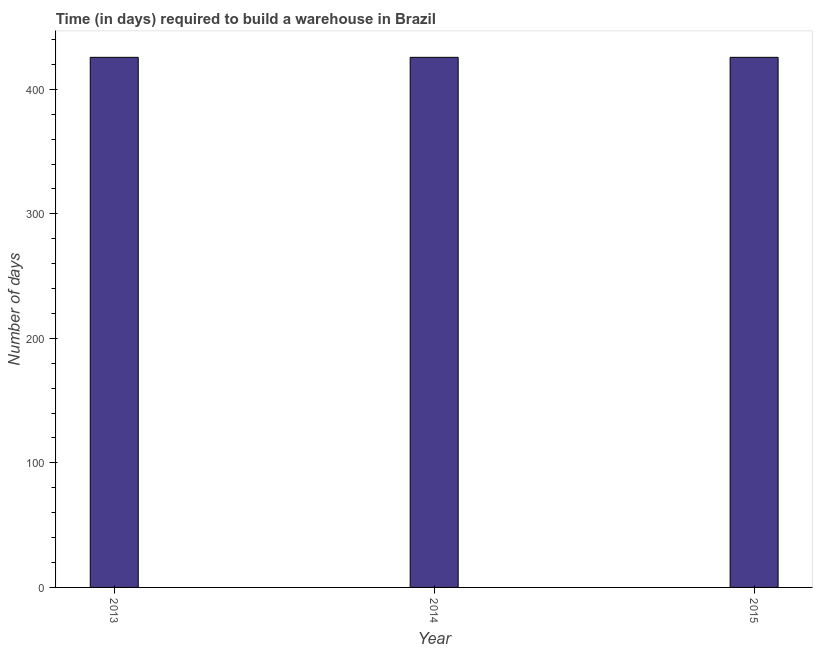
| Year | Time required to build a warehouse |
 | --- | --- |
 | 2013 | 426 |
 | 2014 | 426 |
 | 2015 | 426 |